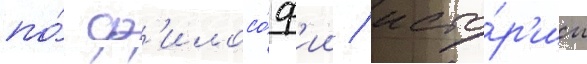
по́ ф'илосо́ф'ии / исто́р'ии